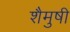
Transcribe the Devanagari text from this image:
शैमुषी